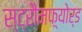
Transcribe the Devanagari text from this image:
स्ट्रौमफ़्योर्ड